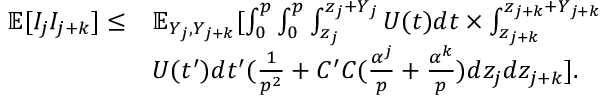
\begin{array} { r l } { \mathbb { E } [ I _ { j } I _ { j + k } ] \leq } & { \mathbb { E } _ { Y _ { j } , Y _ { j + k } } [ \int _ { 0 } ^ { p } \int _ { 0 } ^ { p } \int _ { z _ { j } } ^ { z _ { j } + Y _ { j } } U ( t ) d t \times \int _ { z _ { j + k } } ^ { z _ { j + k } + Y _ { j + k } } } \\ & { U ( t ^ { \prime } ) d t ^ { \prime } ( \frac { 1 } { p ^ { 2 } } + C ^ { \prime } C ( \frac { \alpha ^ { j } } { p } + \frac { \alpha ^ { k } } { p } ) d z _ { j } d z _ { j + k } ] . } \end{array}